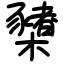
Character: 櫫